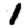
Digit: 1